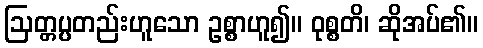
ဩတ္တပ္ပတည်းဟူသော ဥစ္စာဟူ၍။ ဝုစ္စတိ၊ ဆိုအပ်၏။